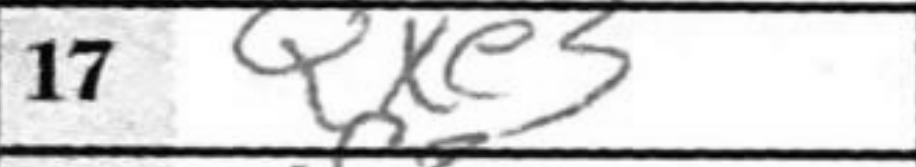
Transcription: Qxe3